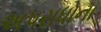
અપરાધોના